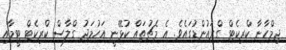
ޖިމްހާނާ ކްރިކެޓް ގްރައުންޑުގައެވެ. އެ މެޗުތައް ކުޅޭނީ އަހުމަދު ގްލާސް ކްރިކެޓް ޓީމާއި